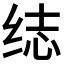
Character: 𬘨